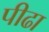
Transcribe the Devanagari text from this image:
पीढा